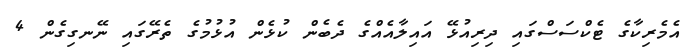
އެމެރިކާގެ ޓެކްސަސްގައި ދިރިއުޅޭ އަަައިލާއެއްގެ ދެބެން ކުޅެން އުޅުމުގެ ތެރޭގައި ނޭނގިގެން 4